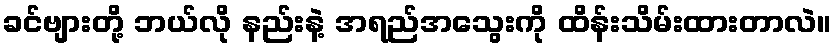
ခင်ဗျားတို့ ဘယ်လို နည်းနဲ့ အရည်အသွေးကို ထိန်းသိမ်းထားတာလဲ။